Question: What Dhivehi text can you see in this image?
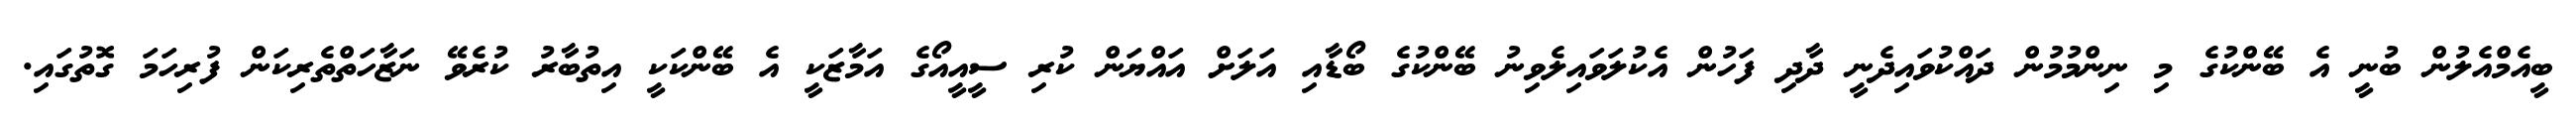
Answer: ބީއެމްއެލުން ބުނީ އެ ބޭންކުގެ މި ނިންމުމުން ދައްކުވައިދެނީ ދާދި ފަހުން އެކުލަވައިލެވިނު ބޭންކުގެ ބޯޑާއި އަލަށް އައްޔަން ކުރި ސީއީއޯގެ އަމާޒަކީ އެ ބޭންކަކީ އިތުބާރު ކުރެވޭ ނަޒާހަތްތެރިކަން ފުރިހަމަ ގޮތުގައި.